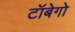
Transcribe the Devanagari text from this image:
टॉबेगो